Senior Leaving Certificate Examination (including Day School Certificate (Higher) General paper), 1948
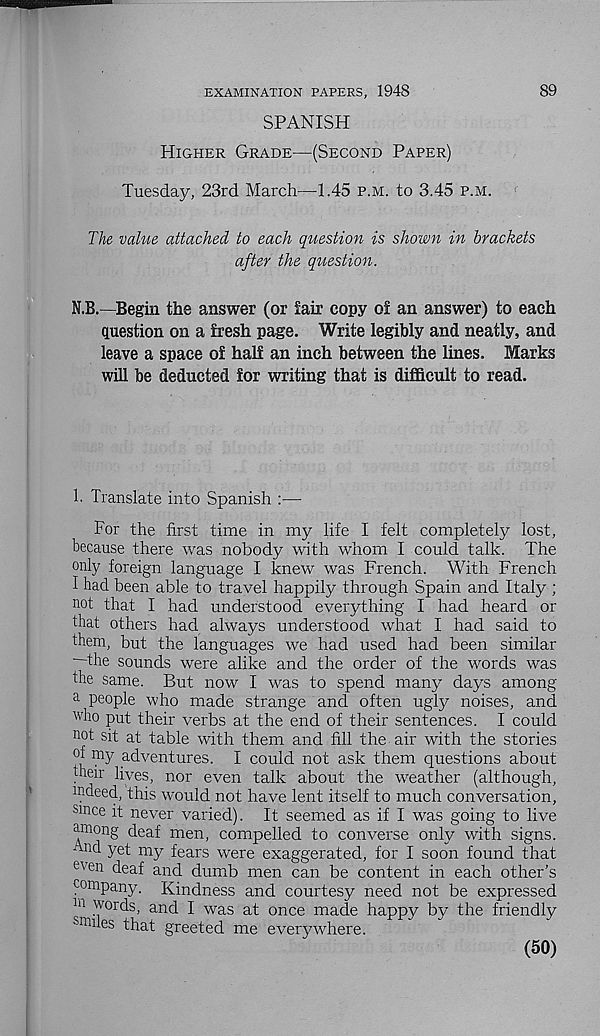
89
EXAMINATION PAPERS, 1948
SPANISH
Higher Grade—(Second Paper)
Tuesday, 23rd March—1.45 p.m. to 3.45 p.m.
The value attached to each question is shown in brackets
after the question.
N.B.—Begin the answer (or fair copy of an answer) to each
question on a fresh page. Write legibly and neatly, and
leave a space of half an inch between the lines. Marks
will be deducted for writing that is difficult to read.
1. Translate into Spanish :—
For the first time in my life I felt completely lost,
because there was nobody with whom I could talk. The
only foreign language I knew was French. With French
I had been able to travel happily through Spain and Italy ;
not that I had understood everything I had heard or
that others had always understood what I had said to
them, but the languages we had used had been similar
—the sounds were alike and the order of the words was
the same. But now I was to spend many days among
a people who made strange and often ugly noises, and
who put their verbs at the end of their sentences. I could
not sit at table with them and fill the air with the stories
of my adventures. I could not ask them questions about
their lives, nor even talk about the weather (although,
indeed, this would not have lent itself to much conversation,
since it never varied). It seemed as if I was going to live
among deaf men, compelled to converse only with signs.
And yet my fears were exaggerated, for I soon found that
even d ea f and dumb men can be content in each other’s
company. Kindness and courtesy need not be expressed
m words, and I was at once made happy by the friendly
smiles that greeted me everywhere.
(50)